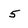
Character: 5